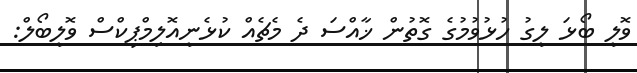
ވޮލީ ބޯޅަ ލީގު ހުޅުވުމުގެ ގޮތުން ޚާއްސަ ދެ މެޗެއް ކުޅެނީއޮލިމްޕިކްސް ވޮލީބޯލް: